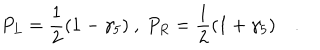
P _ { L } = \frac { 1 } { 2 } ( 1 - \gamma _ { 5 } ) \ , \ P _ { R } = \frac { 1 } { 2 } ( 1 + \gamma _ { 5 } ) \quad .